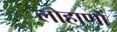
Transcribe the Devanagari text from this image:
लोहाणों